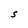
Character: S